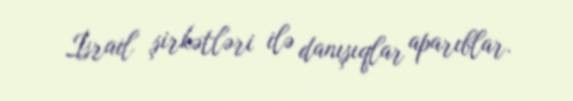
İsrail şirkətləri ilə danışıqlar aparıblar.